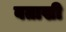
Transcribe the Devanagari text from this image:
बताखी